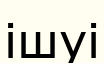
ішуі